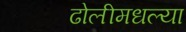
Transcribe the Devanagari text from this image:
ढोलीमधल्या